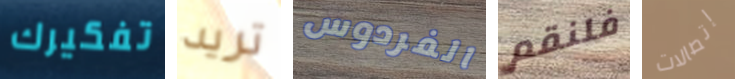
تفكيرك تريد الفردوس فلنقم إتصالات